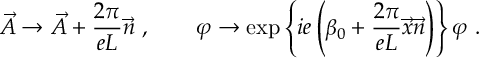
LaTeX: \vec { A } \to \vec { A } + \frac { 2 \pi } { e L } \vec { n } \ , \qquad \varphi \to \exp \left\{ i e \left( \beta _ { 0 } + \frac { 2 \pi } { e L } \vec { x } \vec { n } \right) \right\} \varphi \ .